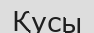
Қусы